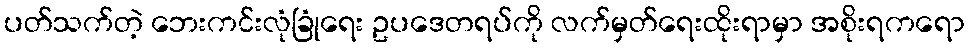
ပတ်သက်တဲ့ ဘေးကင်းလုံခြုံရေး ဥပဒေတရပ်ကို လက်မှတ်ရေးထိုးရာမှာ အစိုးရကရော